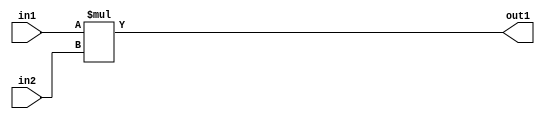
`timescale 1ps / 1ps
/*****************************************************************************
    Verilog RTL Description
    
    
    Created by: Stratus DpOpt 2019.1.01 
*******************************************************************************/

module SobelFilter_Mul_8Ux8U_8U_4 (
	in2,
	in1,
	out1
	); /* architecture "behavioural" */ 
input [7:0] in2,
	in1;
output [7:0] out1;
wire [7:0] asc001;

assign asc001 = 
	+(in1 * in2);

assign out1 = asc001;
endmodule

/* CADENCE  urnxQww= : u9/ySgnWtBlWxVPRXgAZ4Og= ** DO NOT EDIT THIS LINE ******/